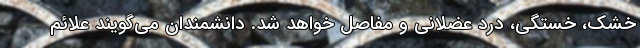
خشک، خستگی، درد عضلانی و مفاصل خواهد شد. دانشمندان می‌گویند علائم